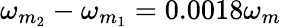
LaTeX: \omega_{m_{2}}-\omega_{m_{1}}=0.0018\omega_{m}